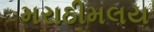
મરાઠીમલય